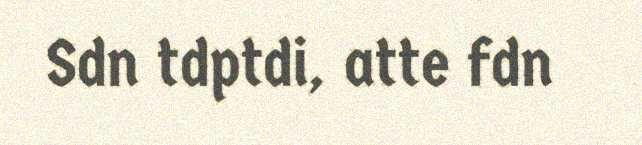
Sdn tdptdi, atte fdn